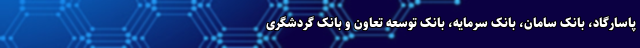
پاسارگاد، بانک سامان، بانک سرمایه، بانک توسعه تعاون و بانک گردشگری